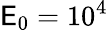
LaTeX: \mathsf{E}_{0}=10^{4}